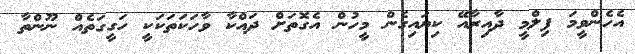
އެހެންވީމަ ފިލްމީ ދާއިރާއޭ ކިޔައިގެން މީހުން އެގޮތަށް ދައްކާ ވާހަކަތަކަކީ ހަގީގަތެއް ނޫންތާ